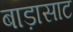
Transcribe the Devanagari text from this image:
बाड़ासाट